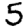
Digit: 5